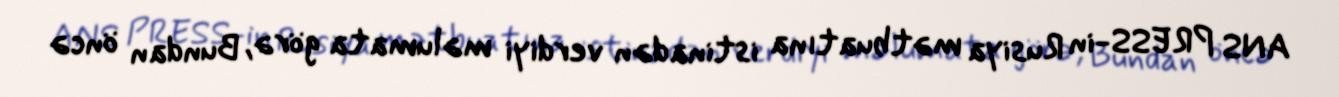
ANS PRESS-in Rusiya mətbuatına istinadən verdiyi məlumata görə, Bundan öncə